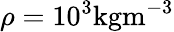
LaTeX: \rho=10^{3}\mathrm{kgm^{-3}}